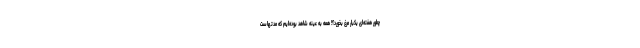
چطور هفته‌ای یکبار مرغ بخورد؟! همه به عینه شاهد بوده‌ایم که مدتهاست